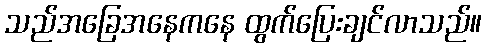
သည်အခြေအနေကနေ ထွက်ပြေးချင်လာသည်။